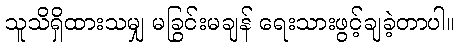
သူသိရှိထားသမျှ မခြွင်းမချန် ရေးသားဖွင့်ချခဲ့တာပါ။